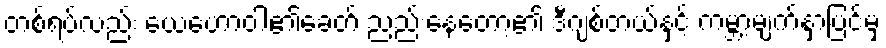
တစ်ရပ်လည်း ယေဟောဝါ၏ခေတ် ညည်းနေတော့၏ ဒီဂျစ်တယ်နှင့် ကမ္ဘာ့မျက်နှာပြင်မှ